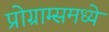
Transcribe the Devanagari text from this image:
प्रोग्राम्समध्ये